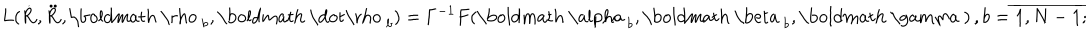
LaTeX: L ( { \bf \dot { R } } , { \bf \ddot { R } } , { \mathrm { \boldmath ~ \ r h o ~ } } _ { b } , { \mathrm { \boldmath ~ \dot { \ r h o } ~ } } _ { b } ) = \Gamma ^ { - 1 } F ( { \mathrm { \boldmath ~ \ a l p h a ~ } } _ { b } , { \mathrm { \boldmath ~ \ b e t a ~ } } _ { b } , { \mathrm { \boldmath ~ \ g a m m a ~ } } ) \, , b = \overline { { { 1 , N - 1 } } } ;